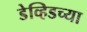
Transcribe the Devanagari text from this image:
डेव्हिडच्या